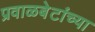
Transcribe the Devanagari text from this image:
प्रवाळबेटांच्या